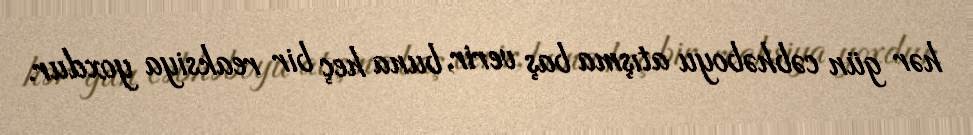
hər gün cəbhəboyu atışma baş verir, buna heç bir reaksiya yoxdur.